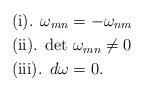
LaTeX: \begin{align*}&{\textrm{(i). }} \omega_{mn}=-\omega_{nm}\\&{\textrm{(ii). }} {\textrm{det }}\omega_{mn}\neq0\\&{\textrm{(iii). }} d\omega=0.\end{align*}